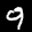
Label: 9